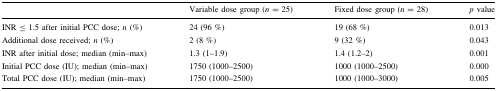
<table><thead><tr><td></td><td><b>Variable dose group (<i>n</i> = 25)</b></td><td><b>Fixed dose group (<i>n</i> = 28)</b></td><td><b><i>p</i> value</b></td></tr></thead><tbody><tr><td>INR ≤ 1.5 after initial PCC dose; <i>n</i> (%)</td><td>24 (96 %)</td><td>19 (68 %)</td><td>0.013</td></tr><tr><td>Additional dose received; <i>n</i> (%)</td><td>2 (8 %)</td><td>9 (32 %)</td><td>0.043</td></tr><tr><td>INR after initial dose; median (min–max)</td><td>1.3 (1–1.9)</td><td>1.4 (1.2–2)</td><td>0.001</td></tr><tr><td>Initial PCC dose (IU); median (min–max)</td><td>1750 (1000–2500)</td><td>1000 (1000–2500)</td><td>0.000</td></tr><tr><td>Total PCC dose (IU); median (min–max)</td><td>1750 (1000–2500)</td><td>1000 (1000–3000)</td><td>0.005</td></tr></tbody></table>